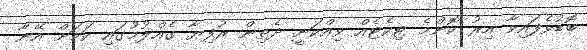
ބޮޑުވެފައިވާ އިރު ކޮންމެ ޓިކެޓެއް ވިއްކަނީ ދެތިން ރުފިޔާ ގެއްލުމުގައި ކަމަށް އޭނާ